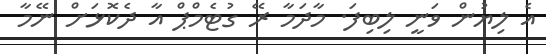
އެ ލިޔުން ވަނީ ލިބިފަ. މާދަމާ ރޭ ގުޓެމްޕް އާ ދެކޮޅަށް ނޭމާ